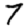
Digit: 7